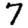
Digit: 7